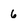
Character: 6